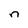
Character: n